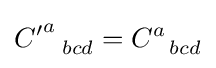
{C'}_{\ \ bcd}^{a}=C_{\ \ bcd}^{a}